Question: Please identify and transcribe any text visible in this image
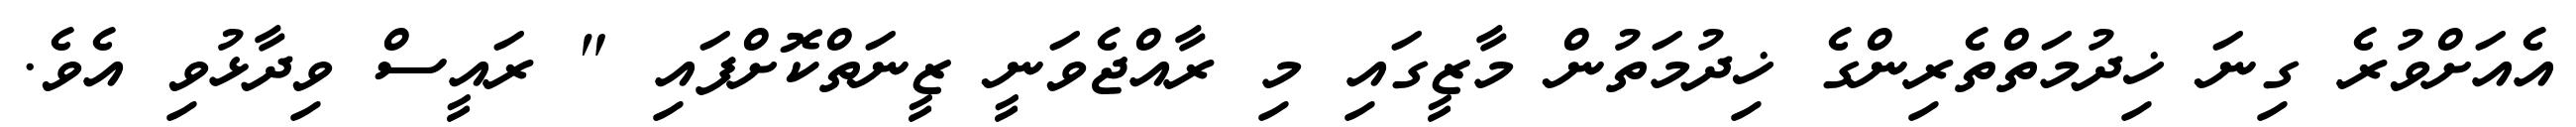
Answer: އެއަށްވުރެ ގިނަ ޚިދުމަތްތެރިންގެ ޚިދުމަތުން މާޒީގައި މި ރާއްޖެވަނީ ޒީނަތްކޮށްފައި " ރައީސް ވިދާޅުވި އެވެ.